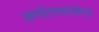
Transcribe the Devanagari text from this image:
आगोटापागोटा